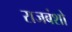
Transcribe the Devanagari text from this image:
राजबंशो